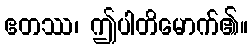
ဧတဿ၊ ဤပါတိမောက်၏။